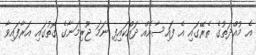
އެ މުއްދަތުގެ ތެރޭގައި އެ ފައިސާއެއް ދައްކައިފި ނަމަ ޖޫރިމަނާގެ ގޮތުގައި އަރާފައިވާ